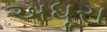
અધૂરા